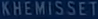
KHEMISSET